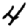
Digit: 4